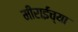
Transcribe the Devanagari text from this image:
मीराईंच्या